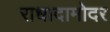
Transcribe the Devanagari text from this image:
राधादामोदर